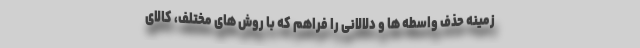
زمینه حذف واسطه ها و دلالانی را فراهم که با روش های مختلف، کالای